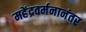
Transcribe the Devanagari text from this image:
महेंद्रवर्मनानंतर